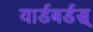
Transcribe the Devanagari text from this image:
यार्डबर्डस्